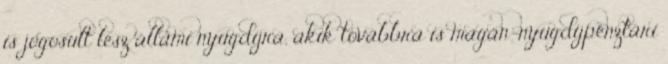
is jogosult lesz állami nyugdíjra, akik továbbra is magán-nyugdíjpénztári